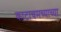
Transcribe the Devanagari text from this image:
काटाचमच्याच्या